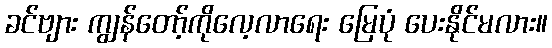
ခင်ဗျား ကျွန်တော့်ကိုလေ့လာရေး မြေပုံ ပေးနိုင်မလား။